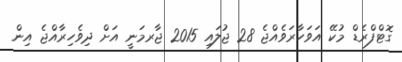
ގޮޓްފްރެޑް މުކޭ އަވަހާރަވެއްޖެ 28 ޖުލައި 2015 ޖާރމަނީ އަށް ދިވެހިރާއްޖެ އިން